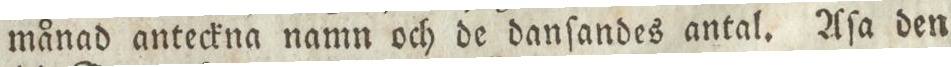
månad anteckna namn och de danſandes antal. Aſa den